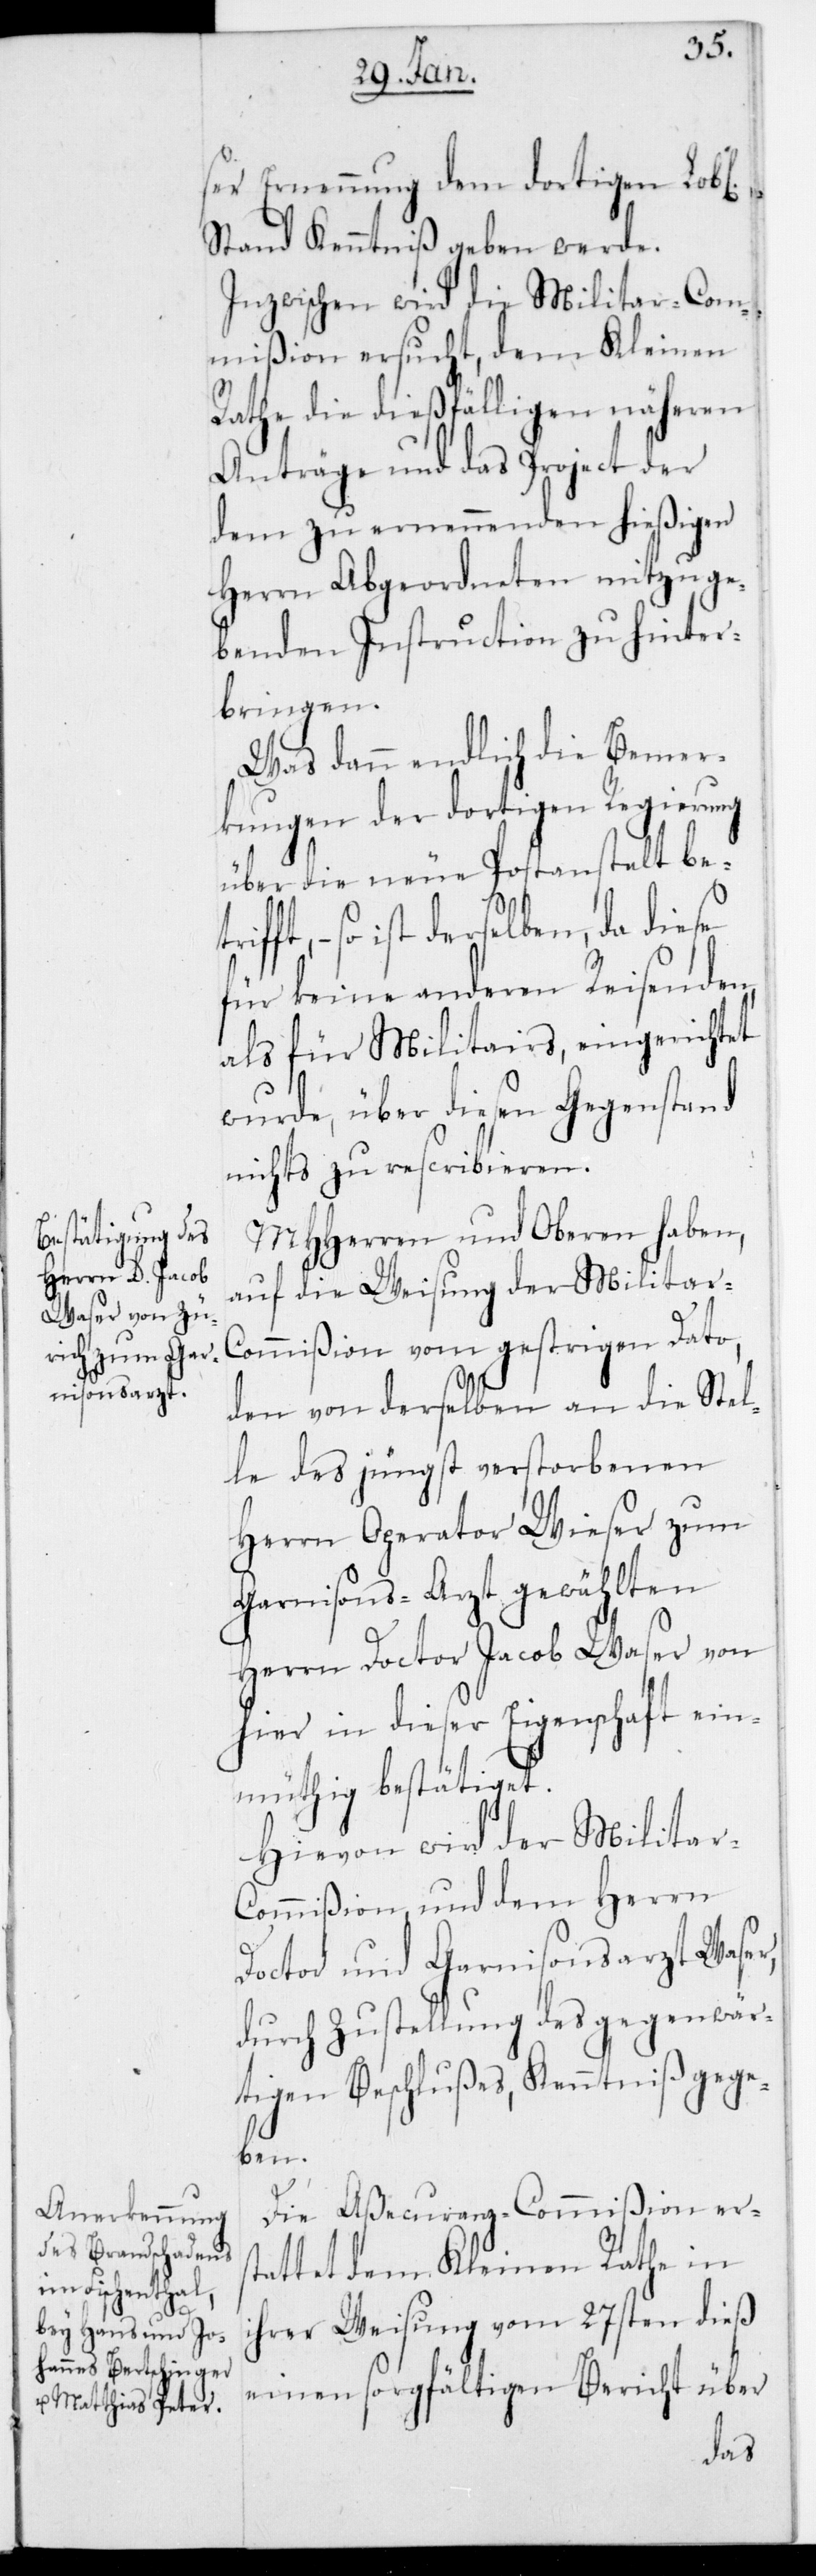
ser Ernennung dem dortigen Lobl.
Stand Kenntniß geben werde.
Inzwischen wird die Militar-Com¬
mißion ersucht, dem Kleinen
Rathe die dießfälligen näheren
Anträge und das Project der
dem zu ernennenden hießigen
Herrn Abgeordneten mitzuge¬
benden Instruction zu hinter¬
bringen.
Was dann endlich die Bemer¬
kungen der dortigen Regierung
über die neue Postanstalt be¬
ft, – so ist derselben, da diese
für keine anderen Reisenden
als für Militairs eingerichtet
wurde, über diesen Gegenstand
nichts zu rescribieren.
MHHerren und Oberen haben,
auf die Weisung der Militar-C¬
ommißion vom gestrigen Dato,
den von derselben an die Stel¬
le des jüngst verstorbenen
Herrn Operator Wieser zum
Garnisonsarzt gewählten
Herrn Doctor Jacob Waser von
hier, in dieser Eigenschaft ein¬
müthig bestätiget.
Hievon wird der Militar-C¬
ommißion und dem Herrn
Doctor und Garnisonsarzt Waser,
durch Zustellung des gegenwär¬
tigen Beschlußes, Kenntniß gege¬
ben.
Die Aßecuranz-Commißion ers¬
tattet dem Kleinen Rathe in
ihrer Weisung vom 27sten dieß
einen sorgfältigen Bericht über